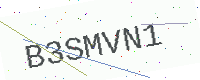
Text: B3SMVN1